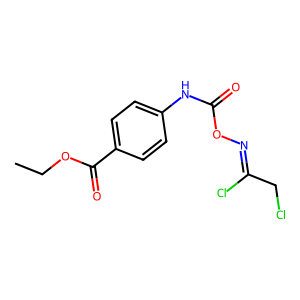
SMILES: CCOC(=O)c1ccc(NC(=O)ON=C(Cl)CCl)cc1
Inhibits HIV replication: No